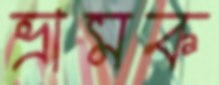
ভ্রামক